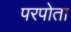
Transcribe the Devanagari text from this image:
परपोता